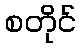
စတိုင်